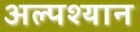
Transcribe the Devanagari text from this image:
अल्पश्यान